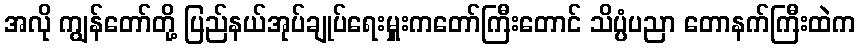
အလို ကျွန်တော်တို့ ပြည်နယ်အုပ်ချုပ်ရေးမှူးကတော်ကြီးတောင် သိပ္ပံပညာ တောနက်ကြီးထဲက